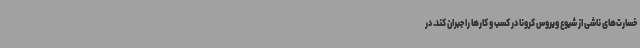
خسارت‌های ناشی از شیوع ویروس کرونا در کسب و کارها را جبران کند. در